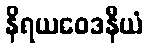
နိရယဝေဒနီယံ